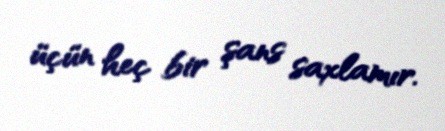
üçün heç bir şans saxlamır.